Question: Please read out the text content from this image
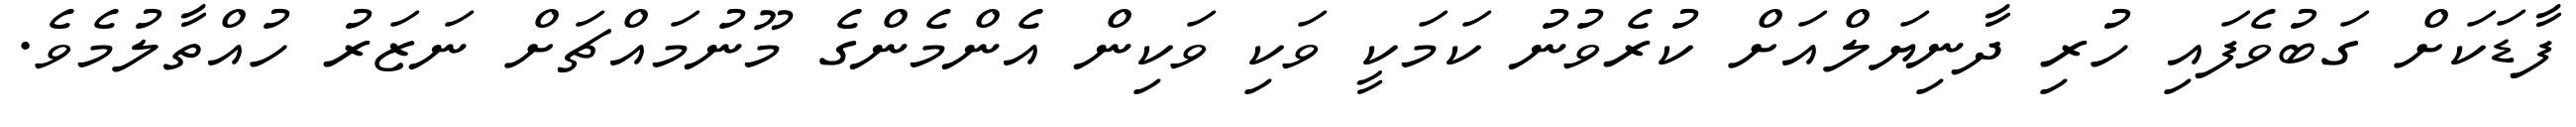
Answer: ފާޑަކަށް ގަބުވެފައި ހުރި ދާނިޔަލްއަށް ކުރެވުނު ކަމަކީ ވަކި ވަކިން އެންމެންގެ މޫނުމައްޗަށް ނަޒަރު ހުއްތާލުމެވެ.